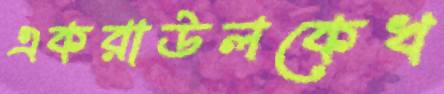
একরাউলকেখ